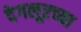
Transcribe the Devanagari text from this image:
देगलूरच्या